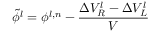
\tilde { \phi } ^ { l } = \phi ^ { l , n } - \frac { \Delta V _ { R } ^ { l } - \Delta V _ { L } ^ { l } } { V }